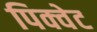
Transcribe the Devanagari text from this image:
पिक्वेट